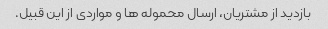
بازدید از مشتریان، ارسال محموله ها و مواردی از این قبیل.